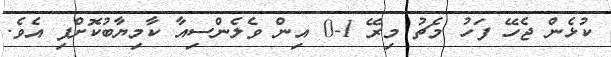
ކުޅެން ޖެހޭ ފަހު މެޗު މިރޭ 1-0 އިން ވެލެންސިއާ ކާމިޔާބުކޮށްފި އެވެ.